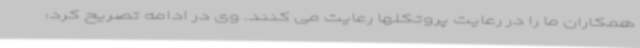
همکاران ما را در رعایت پروتکلها رعایت می کنند. وی در ادامه تصریح کرد: